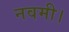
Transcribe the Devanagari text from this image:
नवमी।